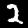
Label: 2